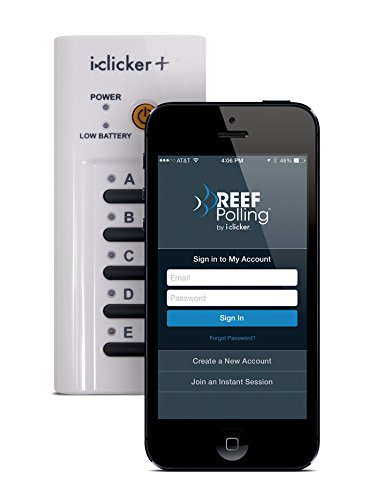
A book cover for i>clicker+ Remote (with 6 month REEF Polling Access); iclicker; Test Preparation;